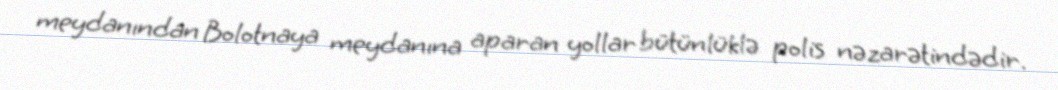
meydanından Bolotnaya meydanına aparan yollar bütünlüklə polis nəzarətindədir.